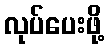
လုပ်ပေးဖို့